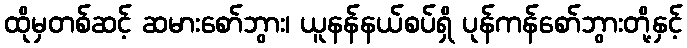
ထိုမှတစ်ဆင့် ဆမားစော်ဘွား၊ ယူနန်နယ်စပ်ရှိ ပုန်ကန်စော်ဘွားတို့နှင့်